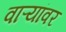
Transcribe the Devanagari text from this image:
वाऱ्यांवर